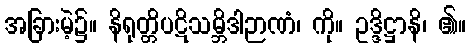
အခြားမဲ့၌။ နိရုတ္တိပဋိသမ္ဘိဒါဉာဏံ၊ ကို။ ဥဒ္ဒိဋ္ဌာနိ၊ ၏။